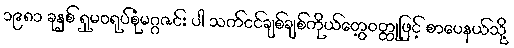
၁၉၈၁ ခုနှစ် ရှုမဝရုပ်စုံမဂ္ဂဇင်း ပါ သက်ငင်ချစ်ချစ်ကိုယ်တွေ့ဝတ္ထုဖြင့် စာပေနယ်သို့